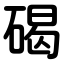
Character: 碣